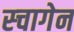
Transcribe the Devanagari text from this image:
स्चागेन